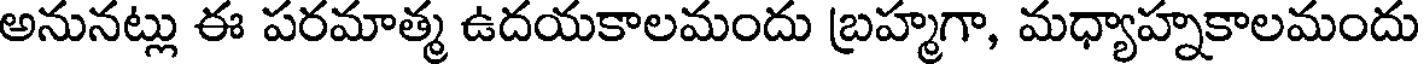
అనునట్లు ఈ పరమాత్మ ఉదయకాలమందు బ్రహ్మగా, మధ్యాహ్నకాలమందు